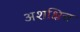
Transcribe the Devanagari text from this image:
अशक्षित्त